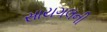
સાયગલની